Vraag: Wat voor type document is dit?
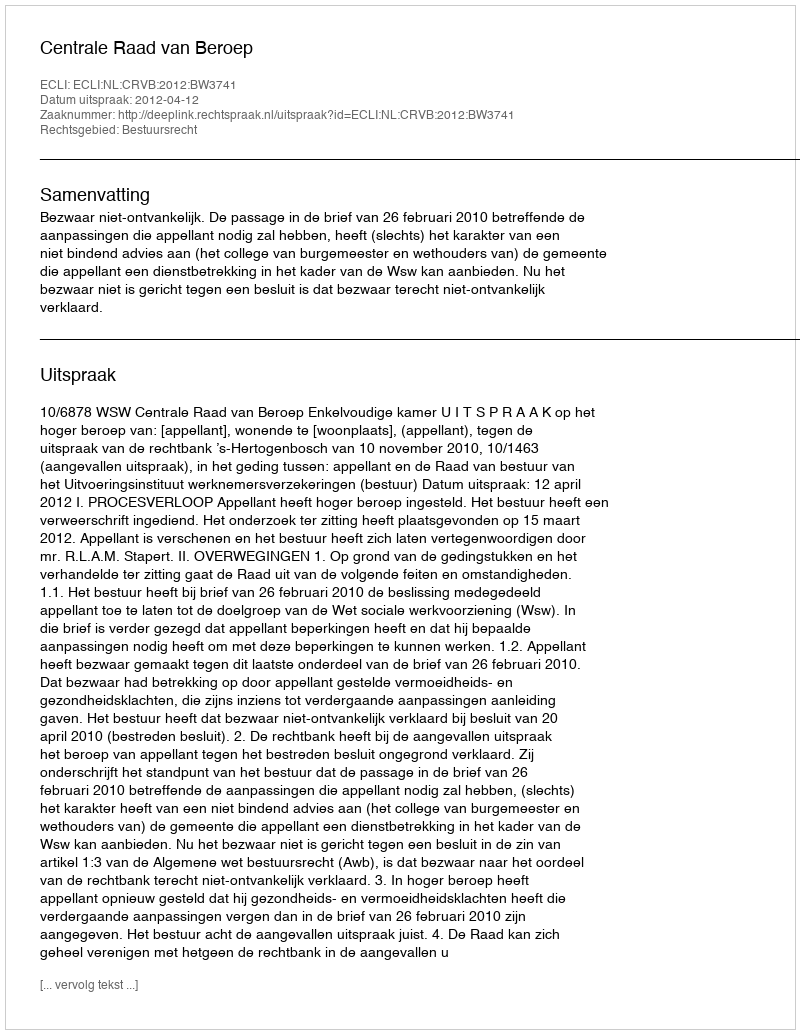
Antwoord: Uitspraak